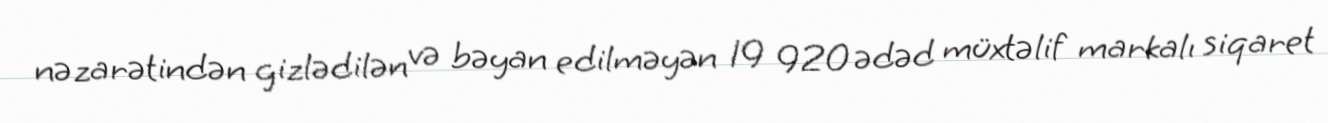
nəzarətindən gizlədilən və bəyan edilməyən 19 920 ədəd müxtəlif markalı siqaret